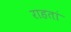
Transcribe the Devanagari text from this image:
राहतां